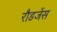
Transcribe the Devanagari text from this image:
रौडजेंस